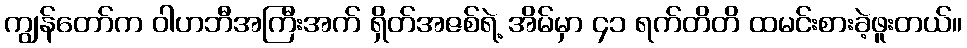
ကျွန်တော်က ဝါဟဘီအကြီးအက် ရှိတ်အဇစ်ရဲ့ အိမ်မှာ ၄၁ ရက်တိတိ ထမင်းစားခဲ့ဖူးတယ်။